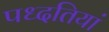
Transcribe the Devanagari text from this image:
पध्दतियां